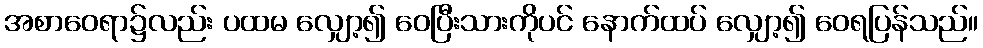
အစာဝေရာ၌လည်း ပထမ လျှော့၍ ဝေပြီးသားကိုပင် နောက်ထပ် လျှော့၍ ဝေရပြန်သည်။